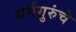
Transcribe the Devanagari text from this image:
धर्मगुरुंचे